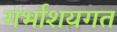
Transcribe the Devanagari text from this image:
गर्भाशयगत